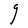
Character: g